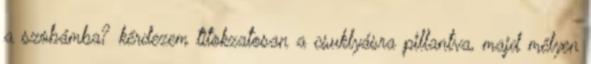
a szobámba? kérdezem titokzatosan a csuklyásra pillantva, majd mélyen